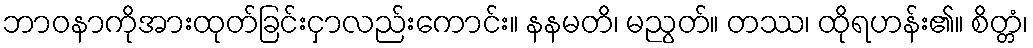
ဘာဝနာကိုအားထုတ်ခြင်းငှာလည်းကောင်း။ နနမတိ၊ မညွတ်။ တဿ၊ ထိုရဟန်း၏။ စိတ္တံ၊